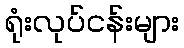
ရုံးလုပ်ငန်းများ